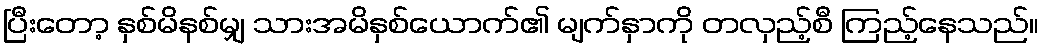
ပြီးတော့ နှစ်မိနစ်မျှ သားအမိနှစ်ယောက်၏ မျက်နှာကို တလှည့်စီ ကြည့်နေသည်။